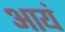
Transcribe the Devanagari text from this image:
आयं